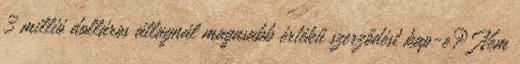
3 millió dolláros átlagnál magasabb értékű szerződést kap-e? Nem